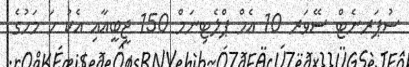
ސުޕަރނެޓް ސޭވަރ 10 އެމް ޕްލެޓިނަމް 150 ޖީބީއާއި އެކު ހަ މަހުގެ